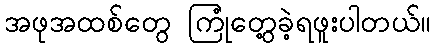
အဖုအထစ်တွေ ကြုံတွေ့ခဲ့ရဖူးပါတယ်။